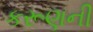
કરૂણની